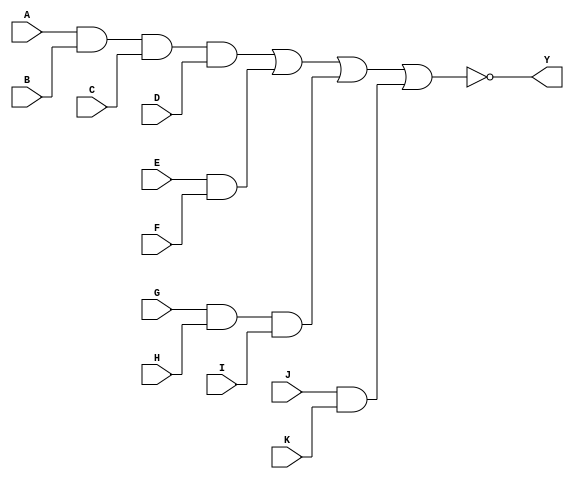
module AOI_6(input A,input B,input C,input D,input E,input F,input G,input H,input I,input J,input K,output Y);
wire a_w;
wire b_w;
wire c_w;
wire d_w;
assign a_w = A & B & C & D;
assign b_w = E & F;
assign c_w = G & H & I;
assign d_w = J & K;
assign Y = ~(a_w | b_w | c_w | d_w);
endmodule